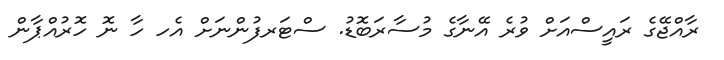
ރާއްޖޭގެ ރައިީސްއަށް ވުރެ އޭނާގެ މުސާރަބޮޑު. ސްޓަރފުންނަށް އެހ ހާ ނޮ ހޮރުއްޕާން